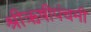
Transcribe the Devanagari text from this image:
श्रीऋषीपंचमी